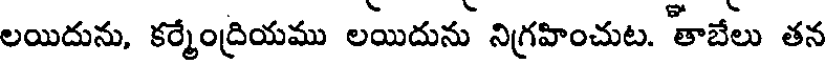
లయిదును, కర్మేంద్రియము లయిదును నిగ్రహించుట. 'తాబేలు తన